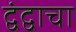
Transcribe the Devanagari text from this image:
द्वंद्वाचा